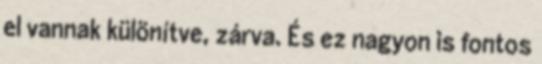
el vannak különítve, zárva. És ez nagyon is fontos